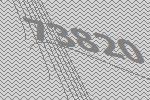
73820